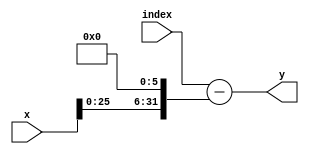
`timescale 1ns / 1ps
//////////////////////////////////////////////////////////////////////////////////
// Company: 
// Engineer: 
// 
// Design Name: 
// Module Name: SADCompare
// Project Name: 
// Target Devices: 
// Tool Versions: 
// Description: 
// 
// Dependencies: 
// 
// Revision:
// Revision 0.01 - File Created
// Additional Comments:
// 
//////////////////////////////////////////////////////////////////////////////////


module SADCoordinateY(index, x, y);

    input [31:0] index, x;
    reg [6:0] i;
    reg signed [31:0] indextemp, xtemp;
    output reg [31:0] y;
   
   initial begin
        y <= 0;
        i <= 0;
        indextemp <= 0;
        end
  
    
    
    always @ (index, x) begin 
        y = index - (x << 6); 
//        indextemp <= index;
//        for (i = 0; i < 64; i = i + 1) begin
//            if((indextemp - 64) >= 0) begin
//                x <= x + 1;
//                indextemp <= indextemp - 64;
//            end
//        end
         
////        x <= xtemp; 
       
            
    
    
    end


endmodule